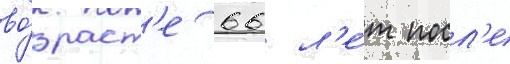
во́зраст'е 66 л'е́т посл'е